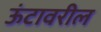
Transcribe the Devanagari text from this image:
ऊंटावरील